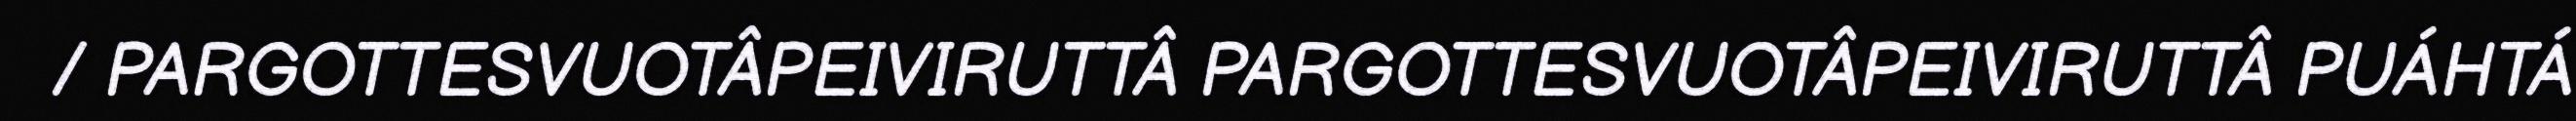
/ PARGOTTESVUOTÂPEIVIRUTTÂ PARGOTTESVUOTÂPEIVIRUTTÂ PUÁHTÁ